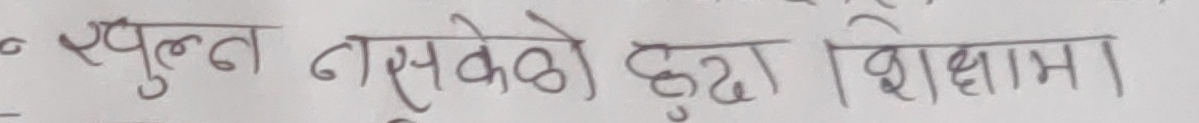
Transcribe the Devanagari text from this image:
स्पुलन नसकेको हुन्छ शिक्षामा